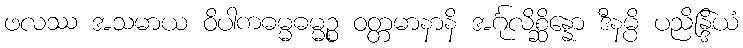
ဖလဿ အသမာယ ဝိပါကဓမ္မဓမ္မဉ္စ ဝတ္တမာနာနိ အင်္ဂုလိစ္ဆိန္နော ဒီနမ္ပိ ပညိန္ဒြိယံ